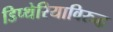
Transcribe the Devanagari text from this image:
डिप्थेरियाविरुद्ध